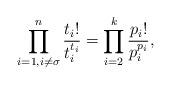
LaTeX: \begin{align*}\prod_{i = 1, i \neq \sigma}^n\frac{t_i!}{t_i^{t_i}} = \prod_{i = 2}^k\frac{p_i!}{p_i^{p_i}},\end{align*}